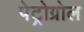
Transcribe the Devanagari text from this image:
पेट्रोग्रोल